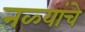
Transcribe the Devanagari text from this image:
नळ्यांचे